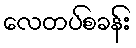
လေတပ်စခန်း